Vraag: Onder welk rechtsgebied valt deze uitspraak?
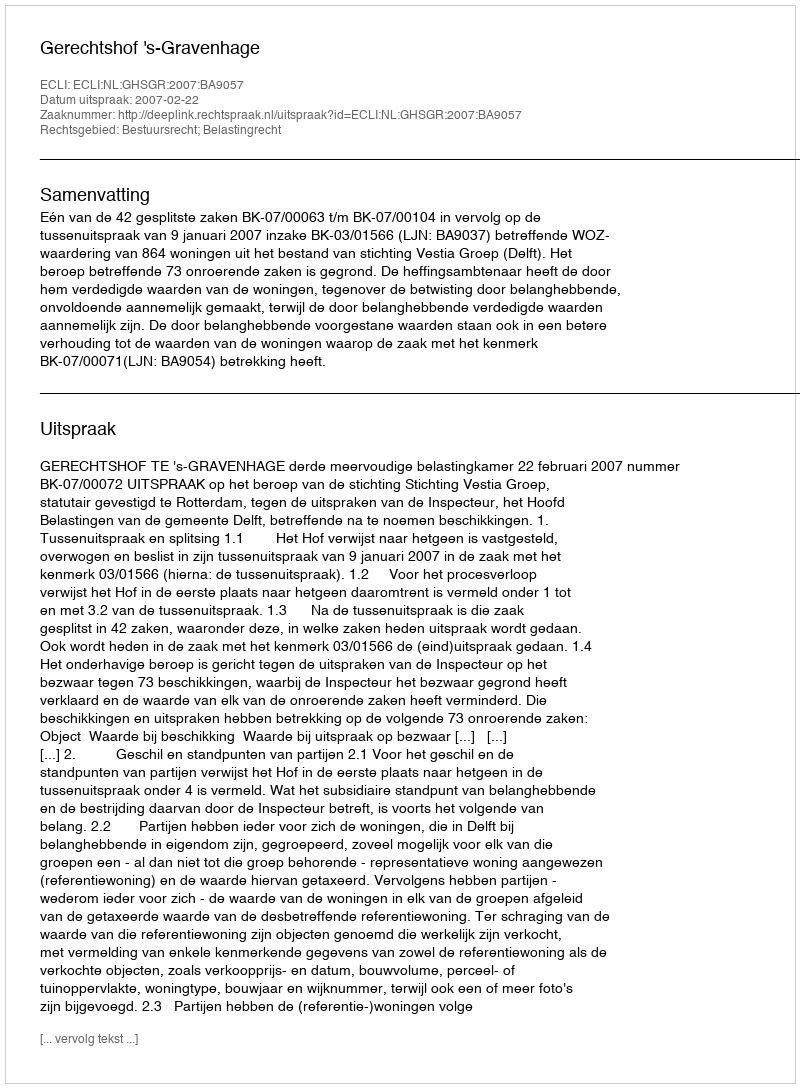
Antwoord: Bestuursrecht; Belastingrecht